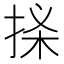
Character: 𢭒